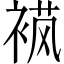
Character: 𬡟